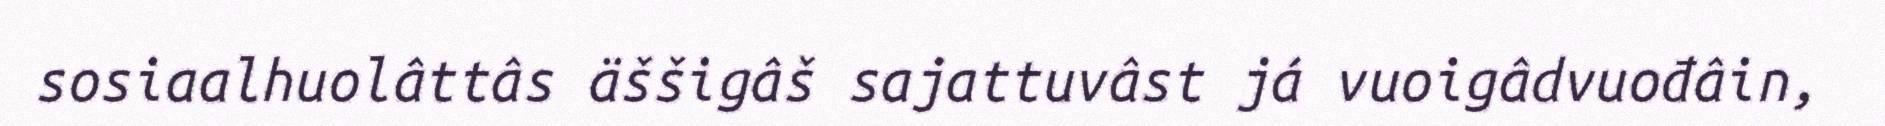
sosiaalhuolâttâs äššigâš sajattuvâst já vuoigâdvuođâin,